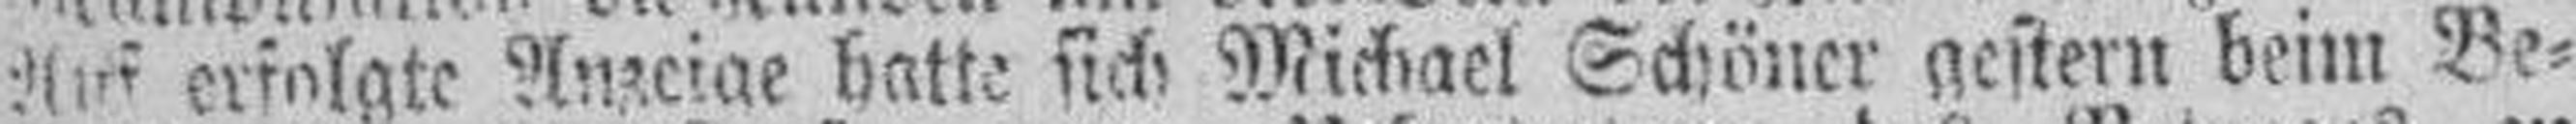
Auf erfolgte Anzeige batte sich Michael Schöner gestern beim Be¬